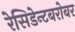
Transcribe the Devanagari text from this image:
रेसिडेन्टबरोबर